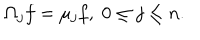
\Omega _ { j } f = \mu _ { j } f , \; 0 \leq j \leq n .